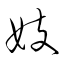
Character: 妓